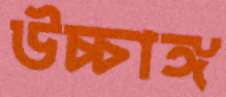
উচ্চাঙ্গ